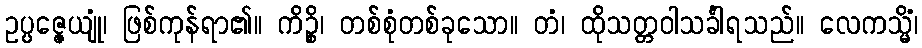
ဥပ္ပဇ္ဇေယျုံ၊ ဖြစ်ကုန်ရာ၏။ ကိဉ္စိ၊ တစ်စုံတစ်ခုသော။ တံ၊ ထိုသတ္တဝါသင်္ခါရသည်။ လေကသ္မိံ၊